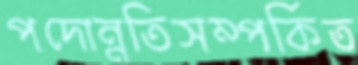
পদোন্নতিসম্পর্কিত